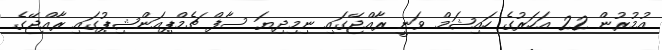
އުމުރުން 22 އަހަރުގެ ހައިޝަމް ވަނީ ރާއްޖޭގައި ނިމިދިޔަ ސާފް ޗެމްޕިއަންޝިޕުގައި ރާއްޖޭގެ